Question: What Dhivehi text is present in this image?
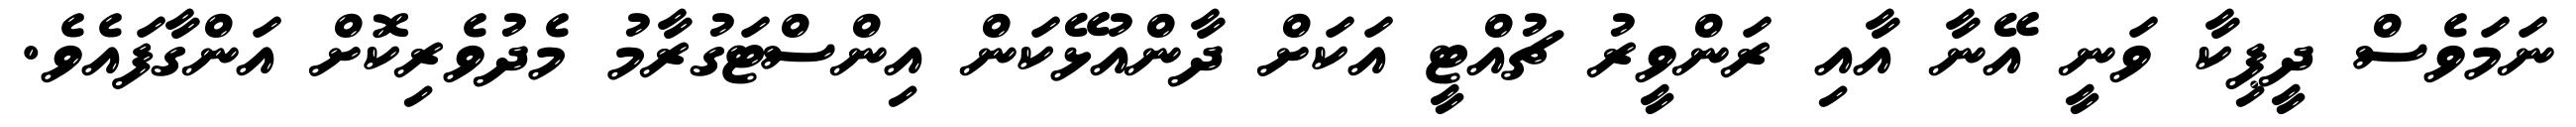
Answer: ނަމަވެސް ދީޕިކާ ވަނީ އޭނާ އާއި ރަންވީރު ޗުއްޓީ އަކަށް ދާންއުޅޭކަން އިންސްޓަގުރާމު މެދުވެރިކޮށް އަންގާފައެވެ.